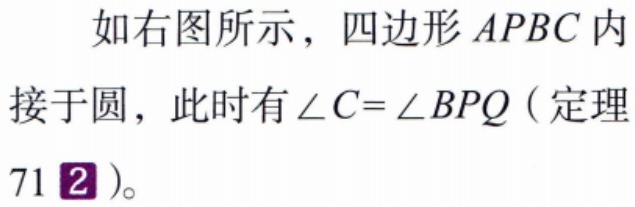
如右图所示，四边形\(APBC\)内接于圆，此时有\(\angle C = \angle BPQ\)（定理71\textcircled{2}）。